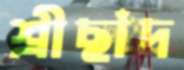
শ্রীছাঁদ